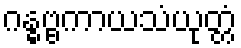
ဂန္ဓဗ္ဗကာယသံယုတ္တံ